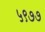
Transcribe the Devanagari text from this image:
५९७७